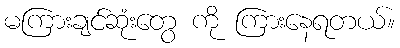
မကြားချင်ဆုံးတွေ ကို ကြားနေရတယ်။